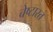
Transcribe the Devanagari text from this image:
चेष्टारत